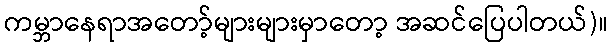
ကမ္ဘာနေရာအတော့်များများမှာတော့ အဆင်ပြေပါတယ်)။